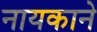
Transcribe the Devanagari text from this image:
नायकाने